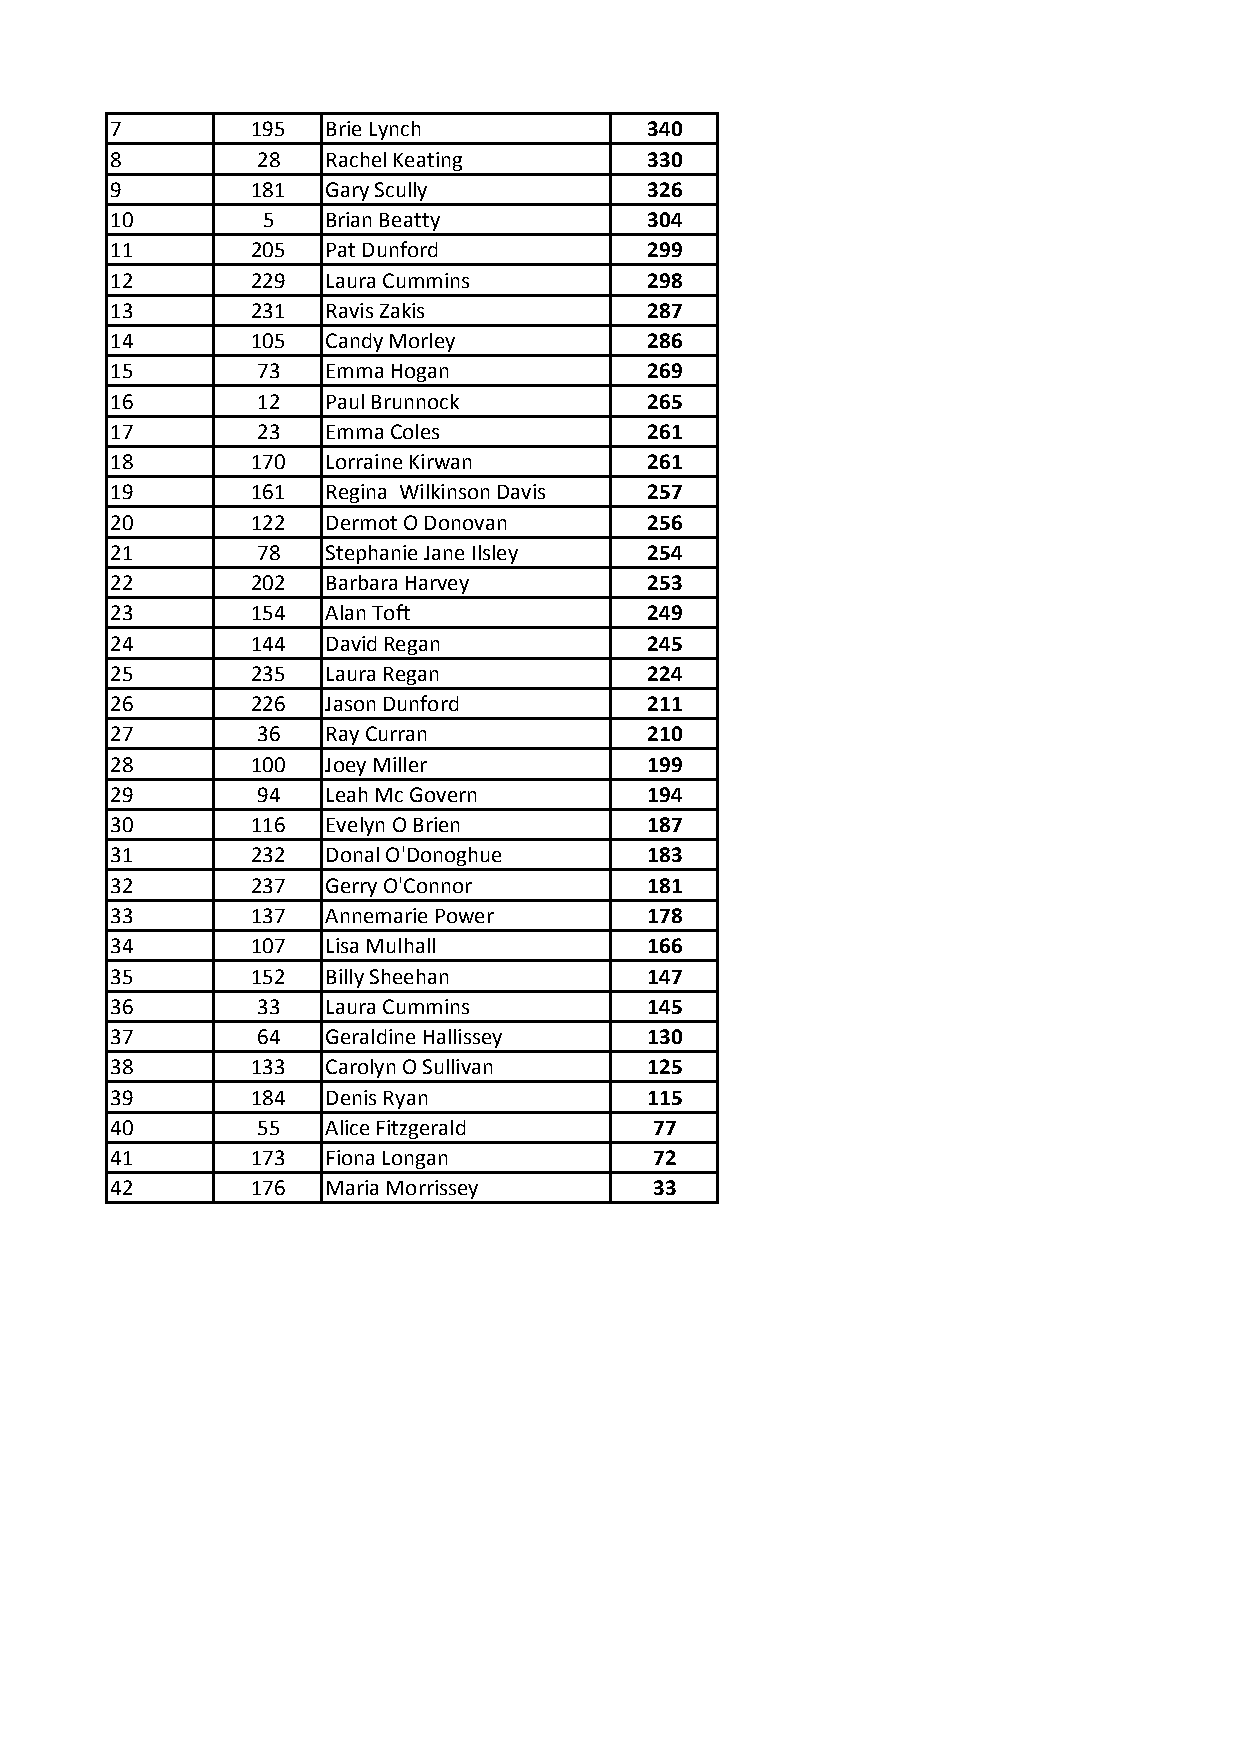
7         195  Brie Lynch           340
 8         28   Rachel Keating       330
 9         181  Gary Scully          326
 10        5    Brian Beatty         304
 11        205  Pat Dunford          299
 12        229  Laura Cummins        298
 13        231  Ravis Zakis          287
 14        105  Candy Morley         286
 15        73   Emma Hogan           269
 16        12   Paul Brunnock        265
 17        23   Emma Coles           261
 18        170  Lorraine Kirwan      261
 19        161  Regina Wilkinson Davis 257
 20        122  Dermot O Donovan     256
 21        78   Stephanie Jane Ilsley 254
 22        202  Barbara Harvey       253
 23        154  Alan Toft            249
 24        144  David Regan          245
 25        235  Laura Regan          224
 26        226  Jason Dunford        211
 27        36   Ray Curran           210
 28        100  Joey Miller          199
 29        94   Leah Mc Govern       194
 30        116  Evelyn O Brien       187
 31        232  Donal O'Donoghue     183
 32        237  Gerry O'Connor       181
 33        137  Annemarie Power      178
 34        107  Lisa Mulhall         166
 35        152  Billy Sheehan        147
 36        33   Laura Cummins        145
 37        64   Geraldine Hallissey  130
 38        133  Carolyn O Sullivan   125
 39        184  Denis Ryan           115
 40        55   Alice Fitzgerald     77
 41        173  Fiona Longan         72
 42        176  Maria Morrissey      33